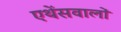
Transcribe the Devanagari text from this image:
एथेंसवालों